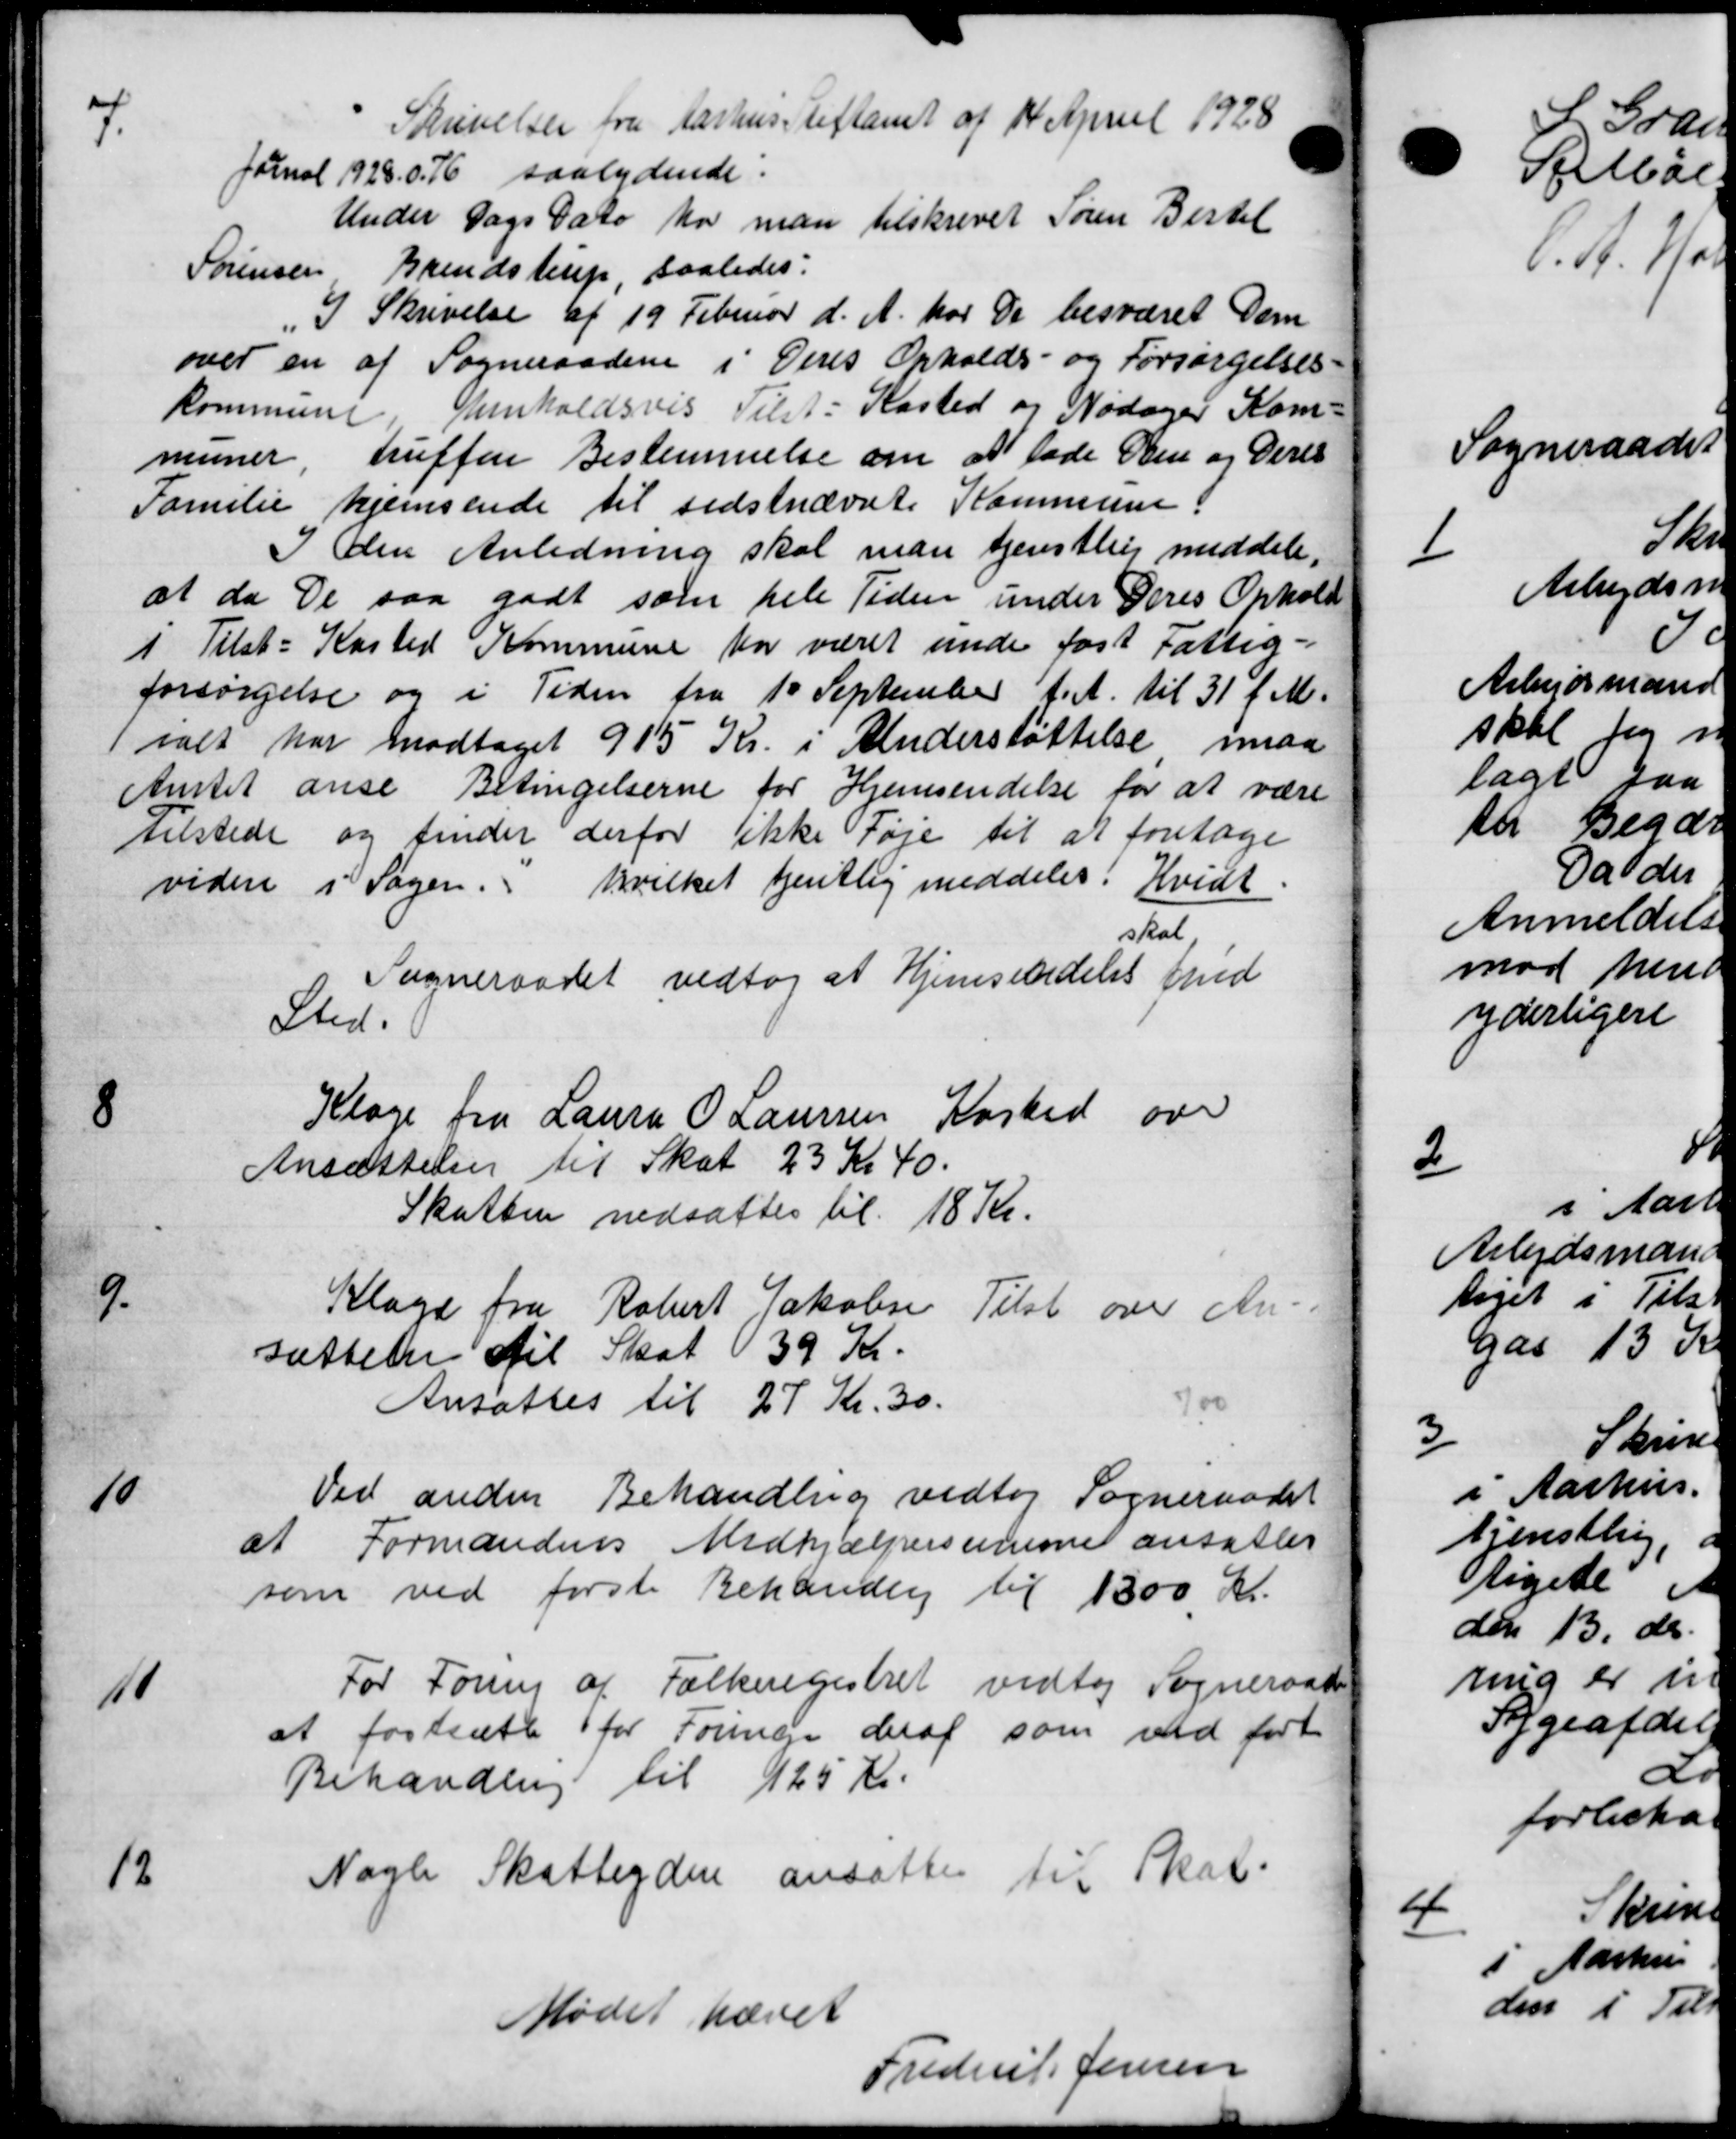
Transskription:
7
Skrivelser fra Aarhus Stiftamt af 14 April 1928
Jarnal 1928. 0.76 saalydende.
Under Dags Dato har man tilskrevet Søren Bertel
Sørensen Brendstrup saaledes:
I Skrivelse af 19 Februar d. A. har De besværet Dem
over en af Sogneraadene i Deres Opholds- og Forsørgelses-
Kommune henholdsvis Tilst-Kasted og Nødager Kom-
truffen Bestemmelse om at lade Den og Deres
muner.
Familie hjemsende til sidstnævnte Kommune.
I den Anledning skal man tjenstlig meddele,
at da De saa godt som hele Tiden under Deres Ophold
i Tilst-Kasted Kommune har været unde fast Fattig-
forsørgelse og i Tiden fra 10 September f.A. til 31 f. M.
ialt har modtaget 915 Kr. i Understøttelse maa
Amtet anse Betingelserne for Hjemsendelse for at være
tilstede og finder derfor ikke Føje til at foretage
videre i Sager. hvilket tjentlig meddeles. Hvidt.
skat
Sogneraadet vedtog at Hjemsendelse med
Sted.
8
Klage fra Laura O. Laursen Kasted over
Ansættelse til Skat 23 Kr 40.
Skatten nedsattes til 18 Kr.
9
Klage fra Robert Jakobsen Tilst over An=
sættelse til Skat 39 Kr.
Ansattes til 27 Kr. 30.
10
Ved anden Behandling vedtog Sogneraadet
at Formandens Medhjælpersonerne ansattes
som ved første Behandlig til 1300 Kr.
11
For Foring af Folkeregistret vedtog Sogneraads
at fastsætte for Foringe deraf som ved ført
Behandling til 125 Kr.
12
Nogle Skatteydere ansattes til Skat.
Mødet hævet
Frederik for